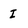
Character: I